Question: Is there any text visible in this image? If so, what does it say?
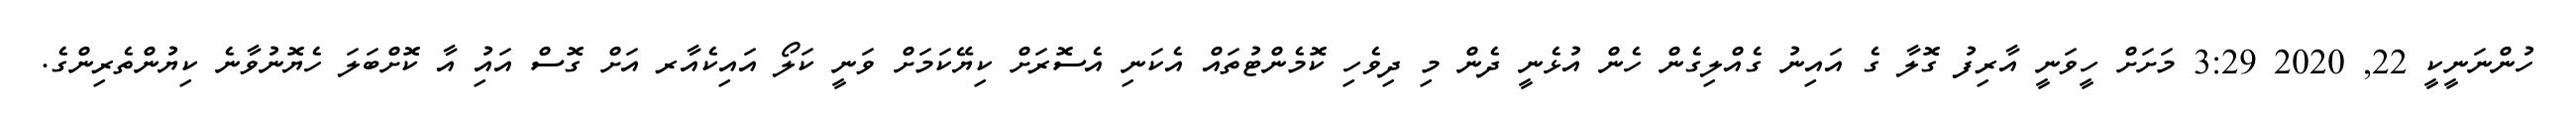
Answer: ހުންނަނީކީ 22, 2020 3:29 މަށަށް ހީވަނީ އާރިފު ގޮލާ ގެ އައިނު ގެއްލިގެން ހެން އުޅެނީ ދެން މި ދިވެހި ކޮމެންޓުތައް އެކަނި އެސޮރަށް ކިޔޭކަމަށް ވަނީ ކަލޯ އައިކެއާރ އަށް ގޮސް އައިު އާ ކޮށްބަލަ ހެޔޮނުވާނެ ކިޔުންތެރިންގެ.